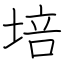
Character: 培